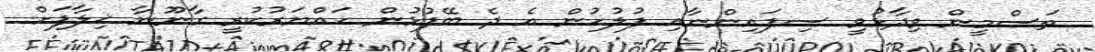
ތަސްމީން ވިދާޅުވީ ސިފައިންނާއި ފުލުހުން އެ ދެ ބޭފުޅުން ހައްޔަރުކުރީ ގާނޫނާ ޚިލާފަށް